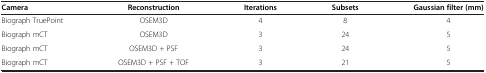
<table><thead><tr><td><b>Camera</b></td><td><b>Reconstruction</b></td><td><b>Iterations</b></td><td><b>Subsets</b></td><td><b>Gaussian filter (mm)</b></td></tr></thead><tbody><tr><td>Biograph TruePoint</td><td>OSEM3D</td><td>4</td><td>8</td><td>4</td></tr><tr><td>Biograph mCT</td><td>OSEM3D</td><td>3</td><td>24</td><td>5</td></tr><tr><td>Biograph mCT</td><td>OSEM3D + PSF</td><td>3</td><td>24</td><td>5</td></tr><tr><td>Biograph mCT</td><td>OSEM3D + PSF + TOF</td><td>3</td><td>21</td><td>5</td></tr></tbody></table>